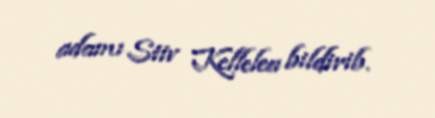
adamı Stiv Kellelea bildirib.